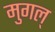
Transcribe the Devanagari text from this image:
मुगल्